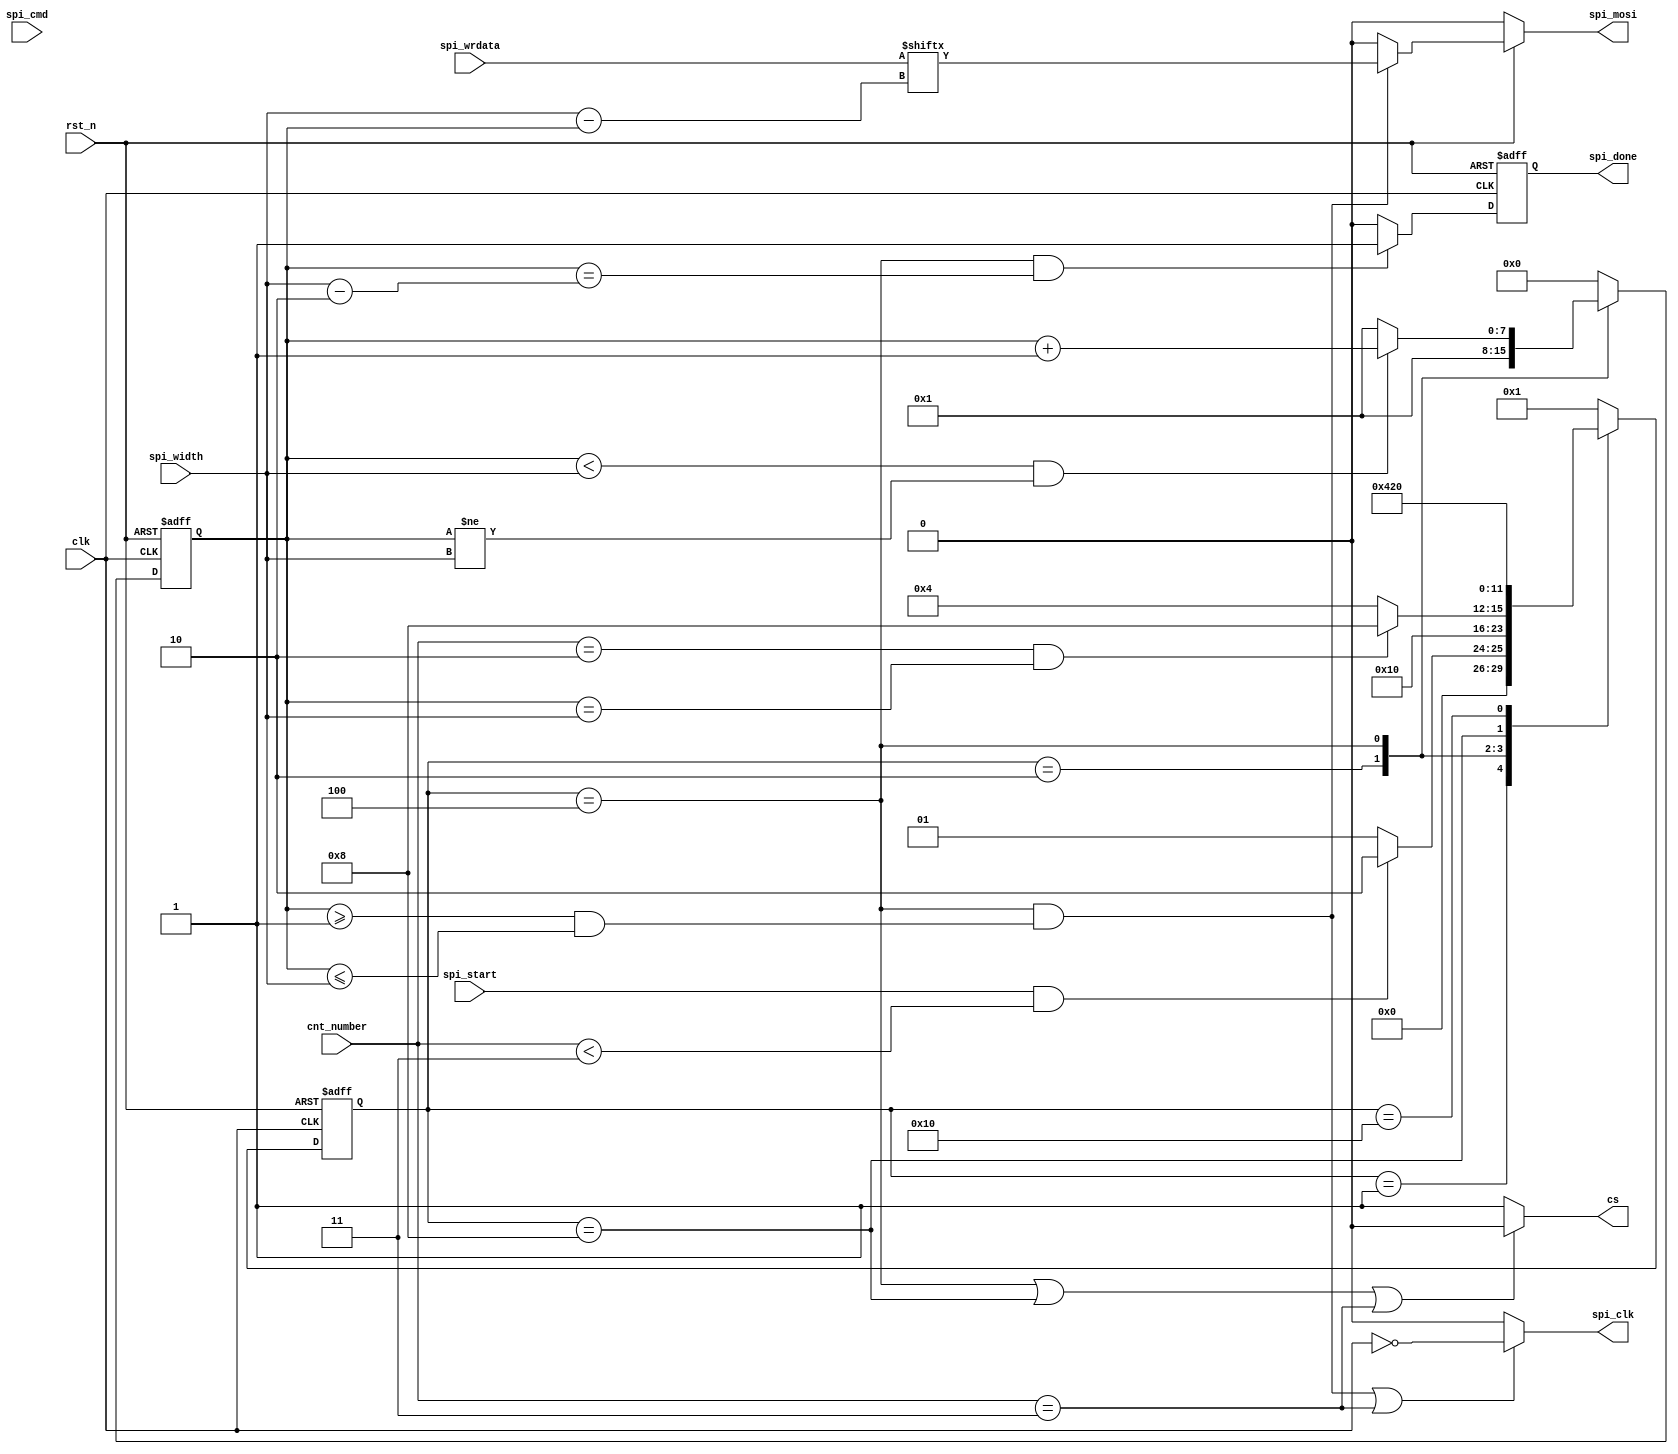
// This is a simple example.
// You can make a your own header file and set its path to settings.
// (Preferences > Package Settings > Verilog Gadget > Settings - User)
//
//		"header": "Packages/Verilog Gadget/template/verilog_header.v"
//
// -----------------------------------------------------------------------------
// Copyright (c) 2014-2023 All rights reserved
// -----------------------------------------------------------------------------
// Create : 2023-09-07 17:18:05
// Revise : 2023-09-07 17:18:05
// Editor : sublime text4, tab size (4)
// Descri : SPICPOL = 0CPHA = 0W25Q16
//			06hC7hchip eraseWEL
// -----------------------------------------------------------------------------
module SPI_XX 
#(
	parameter cnt_number_max = 8'd1
)
(
	input clk,
	input rst_n,
	input spi_start,
	input [1:0] spi_cmd,
	input [23:0] spi_wrdata,
	input [7:0] spi_width,
	input [7:0] cnt_number,
	output spi_clk,
	output cs,
	output reg spi_mosi,
	output reg spi_done
);

	wire clk_n;
	reg [5:0] state;
	reg [7:0] cnt;
	wire clk_en;

	//
	parameter IDLE = 6'b000_001;
	parameter S0 = 6'b000_010;
	parameter S1 = 6'b000_100;
	parameter S2 = 6'b001_000;
	parameter S3 = 6'b010_000;
	parameter S4 = 6'b100_000;

	assign clk_n = !clk;

	/*state transition logic*/
	always @(posedge clk or negedge rst_n) begin
		if(~rst_n) begin
			state <= IDLE;
		end else begin
			case(state)
				IDLE : state <= (spi_start && cnt_number < cnt_number_max + 8'd2) ? S0 : IDLE;
				S0 : state <= S1;
				S1 : begin
					if(cnt_number == cnt_number_max + 8'd1 && cnt == spi_width) begin
						state <= S2;
					end else if(cnt_number < 8'd3) begin
						state <= S1;
					end else begin
						state <= S1;
					end
				end 
				S2 : state <= S3;
				S3 : state <= S4;
				S4 : state <= IDLE;
				default : state <= IDLE;
			endcase
		end
	end

	/*temp cnt*/
	always @(posedge clk or negedge rst_n) begin
		if(~rst_n) begin
			cnt <= 8'd0;
		end else begin
			case(state)
				S0 : cnt <= 8'd1;
				S1 : cnt <= ((cnt < spi_width) && (cnt != spi_width)) ? cnt + 8'd1 : 8'd1;
				default : cnt <= 8'd0;
			endcase
		end
	end

	assign clk_en = (state == S1) ? 1'd1 : 1'd0;

	assign cs = ((state == S1 || state == S2) || (cnt_number == cnt_number_max + 8'd2)) ? 1'd0 : 1'd1;

	assign spi_clk = ((state == S1 && (cnt >= 8'd1 && cnt <= spi_width)) || (cnt_number == cnt_number_max + 8'd2)) ? clk_n : 1'd0;

	always @(*) begin
		if(!rst_n) begin
			spi_mosi = 1'd0;
		end else begin
			spi_mosi = (state == S1 && (cnt >= 8'd1 && cnt <= spi_width)) ? spi_wrdata[spi_width - cnt] : 1'd0;

		end
	end


	always @(posedge clk or negedge rst_n) begin
		if(!rst_n) begin
			spi_done = 1'd1;
		end else begin

				spi_done = (state == S1 && cnt == spi_width - 8'd2) ? 1'd1 : 1'd0; 

			
		end
	end

endmodule